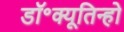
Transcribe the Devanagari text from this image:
डॉ॰क्यूतिन्हो